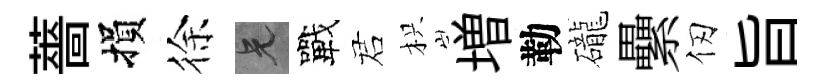
薔損徐兄戰诺枳増勒礲纍仞旨